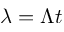
\lambda = \Lambda t